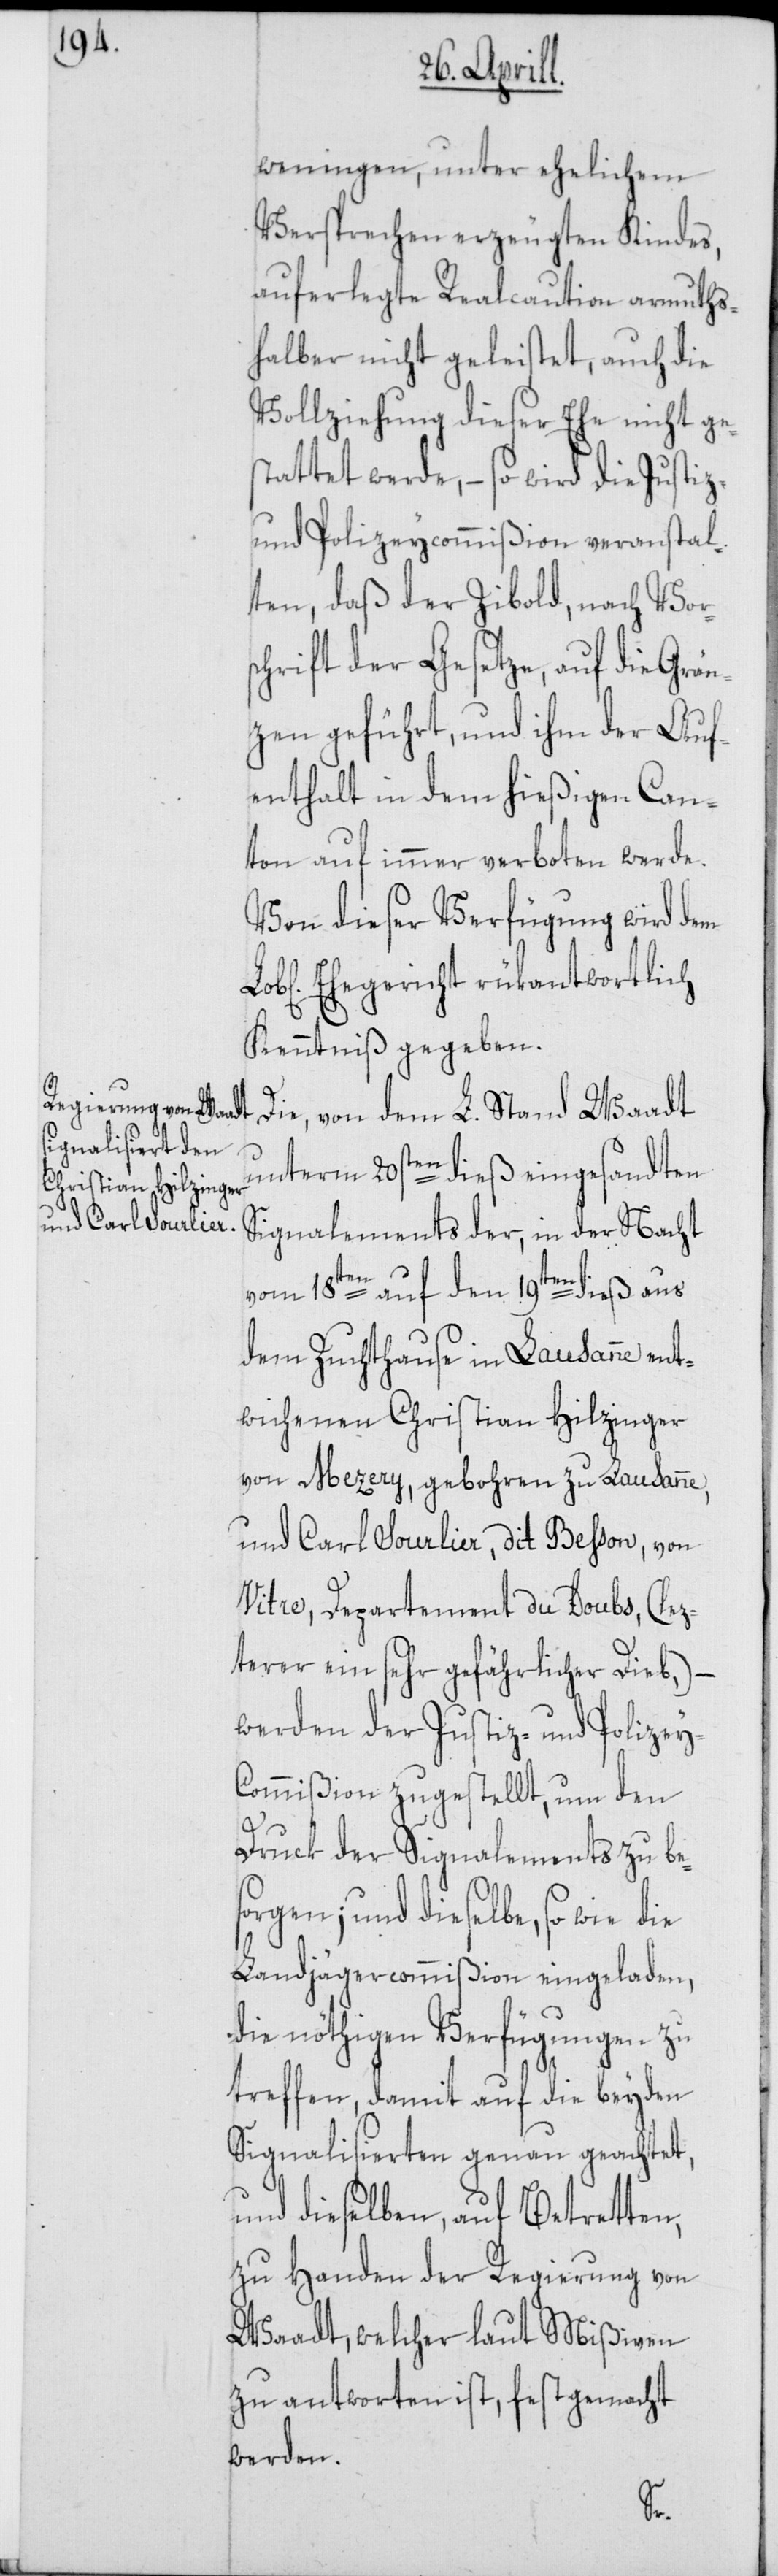
z-

weningen, unter ehelichem
Versprechen erzeugten Kindes,
auferlegte Realcaution armuths¬
halber nicht geleistet, auch die
Vollziehung dieser Ehe nicht ges¬
tattet werde, – so wird die Justi¬
und Polizeycommißion veranstal¬
ten, daß der Zibold, nach Vor¬
schrift der Gesetze, auf die Grän¬
zen geführt, und ihm der Auf¬
enthalt in dem hießigen Can¬
ton auf immer verboten werde.
Von dieser Verfügung wird dem
Ehegericht rükantwortlich
Kenntniß gegeben.
Die, von dem L. Stand Waadt
unterm 20sten dieß eingesandten
Signalements der, in der Nacht
vom 18ten auf den 19ten dieß aus
dem Zuchthause in Lausanne ent¬
wichenen Christian Hilzinger
von Mezery, geboren zu Lausanne,
und Carl Sourlier, dit Besson, von
Vitre, Departement du Doubs (lez¬
terer ein sehr gefährlicher Dieb,) –
werden der Justiz- und Polizey-C¬
ommißion zugestellt, um den
Druck der Signalements zu bes¬
orgen; und dieselbe, so wie die
Landjägercommißion eingeladen,
die nöthigen Verfügungen zu
treffen, damit auf die beyden
Signalisierten genau geachtet,
und dieselben, auf Betretten,
zu Handen der Regierung von
Waadt, welcher laut Mißiven
zu antworten ist, festgemacht
werden.